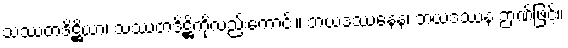
သဿတဒိဋ္ဌိယာ၊ သဿတဒိဋ္ဌိကိုလည်းကောင်း။ ဘယဒဿနေန၊ ဘယဒဿန ဉာဏ်ဖြင့်။